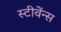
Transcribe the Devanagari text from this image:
स्टीवेंन्स